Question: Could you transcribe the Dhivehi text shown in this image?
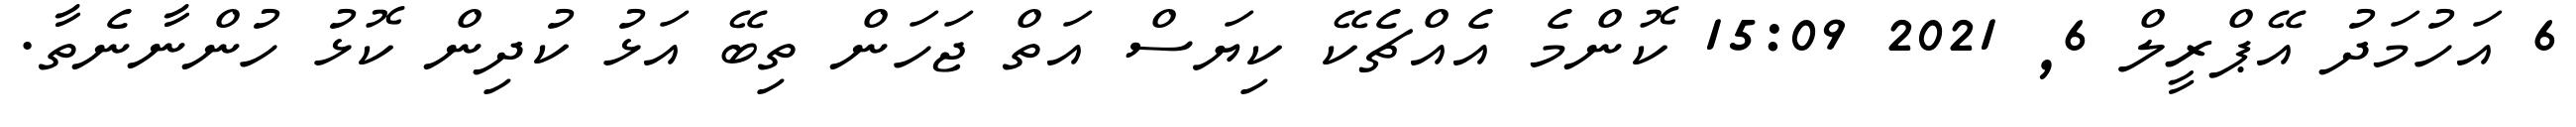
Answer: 6 އަހުމަދު އޭޕްރީލް 6, 2021 15:09 ކޮންމެ އެއްޗެކޭ ކިޔަސް އަތް ޖަހަން ތިބޭ އަޅު ކުދިން ކޮޅު ހުންނާނެތާ.